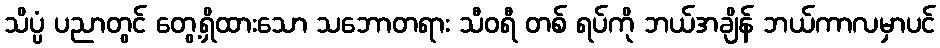
သိပ္ပံ ပညာတွင် တွေ့ရှိထားသော သဘောတရား သီဝရီ တစ် ရပ်ကို ဘယ်အချိန် ဘယ်ကာလမှာပင်